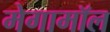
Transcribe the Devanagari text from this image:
मेगामॉल